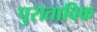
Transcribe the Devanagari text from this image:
पुराताविक